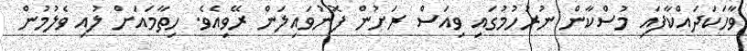
ވާހަކަދައްކާފައި މުސްކާން ނުރުހުމުގައި ވިއަސް ރަށުން ފޮނުވައިލަން ރޭވިއެވެ. ހިތާމައަށް ލުއި ވެލުމުން